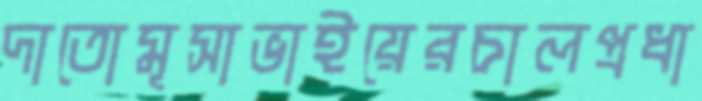
দাতোমূসাভাইয়েরচালপ্রধা